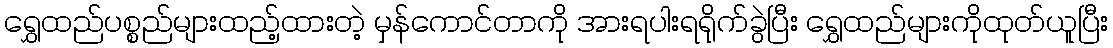
ရွှေထည်ပစ္စည်များထည့်ထားတဲ့ မှန်ကောင်တာကို အားရပါးရရိုက်ခွဲပြီး ရွှေထည်များကိုထုတ်ယူပြီး